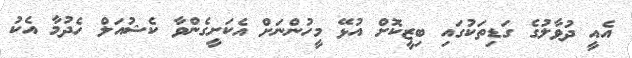
އެއީ ދުވާލުގެ ގަޑިތަކުގައި ބިޒީކޮށް އުޅޭ މީހުންނަށް އެކަށީގެންވާ ކެޝުއަލް ހެދުމާ އެކު